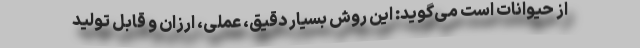
از حیوانات است می‌گوید: این روش بسیار دقیق، عملی، ارزان و قابل تولید